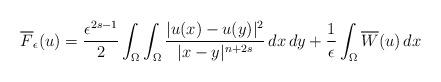
LaTeX: \begin{align*}\overline{F}_\epsilon(u)=\frac{{\epsilon}^{2s-1}}{2}\int_{\Omega}{\int_{\Omega}{\frac{|u(x)-u(y)|^2}{|x-y|^{n+2s}}\,dx\,dy}}+\frac{1}{\epsilon}\int_{\Omega}{\overline{W}(u)\,dx}\end{align*}